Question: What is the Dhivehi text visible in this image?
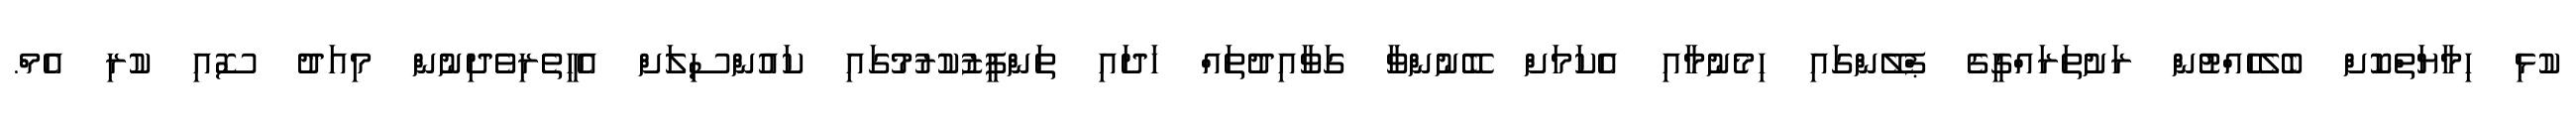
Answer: ކުޅި ހިމާޔަތްކޮށް ބެލެހެއްޓުން ރަށުތަރައްގީގެ ޕްލޭންގައި ހިމެނުމާއި އެކަމަށް ބޭނުންވާ ގަވާއިދުތައް ހަދައި ތަންފީޒުކުރުމުގައި ކައުންސިލަށް އެހީތެރިވެދިނުން މިއަދު ސޮއި ކުރި އެމް.